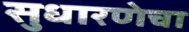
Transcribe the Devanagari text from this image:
सुधारणेचा